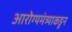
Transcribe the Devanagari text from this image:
आरोग्यमंत्र्याकडून